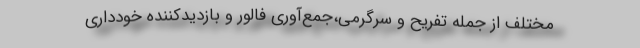
مختلف از جمله تفریح و سرگرمی،جمع‌آوری فالور و بازدیدکننده خودداری